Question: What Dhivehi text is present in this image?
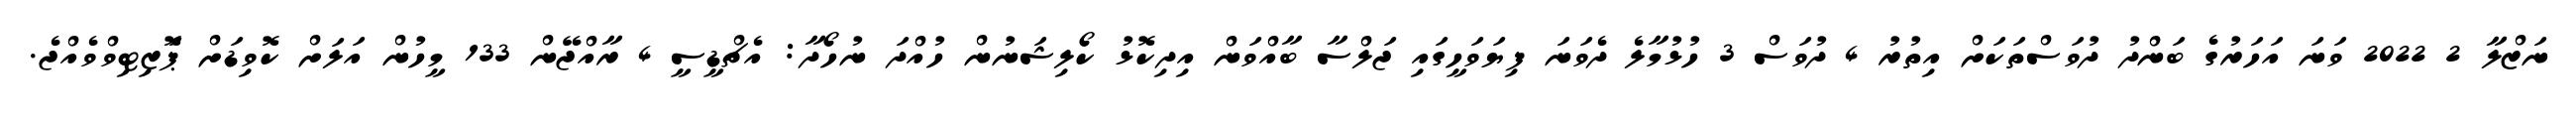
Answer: ނަޒްލާ 2 2022 ވަނަ އަހަރުގެ ބަންދު ދުވަސްތަކަށް އިތުރު 4 ދުވަސް 3 ހުޅުމާލެ ދެވަނަ ފިޔަވަހީގައި ޖަލްސާ ބާއްވަން އިދިކޮޅު ކޯލިޝަނުން ހުއްދަ ނުހޯދާ: އެޗްޑީސީ 4 ރާއްޖޭން 133 މީހުން އަލަށް ކޮވިޑަށް ޕަޮޒިޓިވްވެއްޖެ.